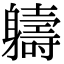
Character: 軇